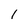
Character: I